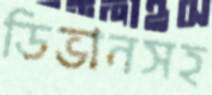
ডিভানসহ